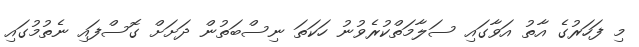
މި ފަހަރުގެ އާތު އަވާގައި ސަލާމަތްކުރެވުނު ހަކަތަ ނިސްބަތުން ދަށަށް ގޮސްފައި ނެތުމުގައި